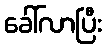
ခေါ်လာပြီး